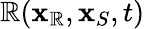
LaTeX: \mathbb{R}(\mathbf{{x}}_{\mathbb{R}},\mathbf{{x}}_{S},t)